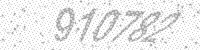
Solution: 910782